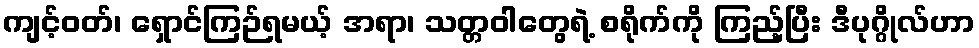
ကျင့်ဝတ်၊ ရှောင်ကြဉ်ရမယ့် အရာ၊ သတ္တဝါတွေရဲ့ စရိုက်ကို ကြည့်ပြီး ဒီပုဂ္ဂိုလ်ဟာ